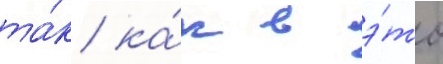
та́к ка́к в э́то